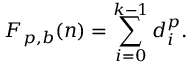
F _ { p , b } ( n ) = \sum _ { i = 0 } ^ { k - 1 } d _ { i } ^ { p } .